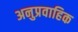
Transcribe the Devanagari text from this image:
अनुप्रवाहिक